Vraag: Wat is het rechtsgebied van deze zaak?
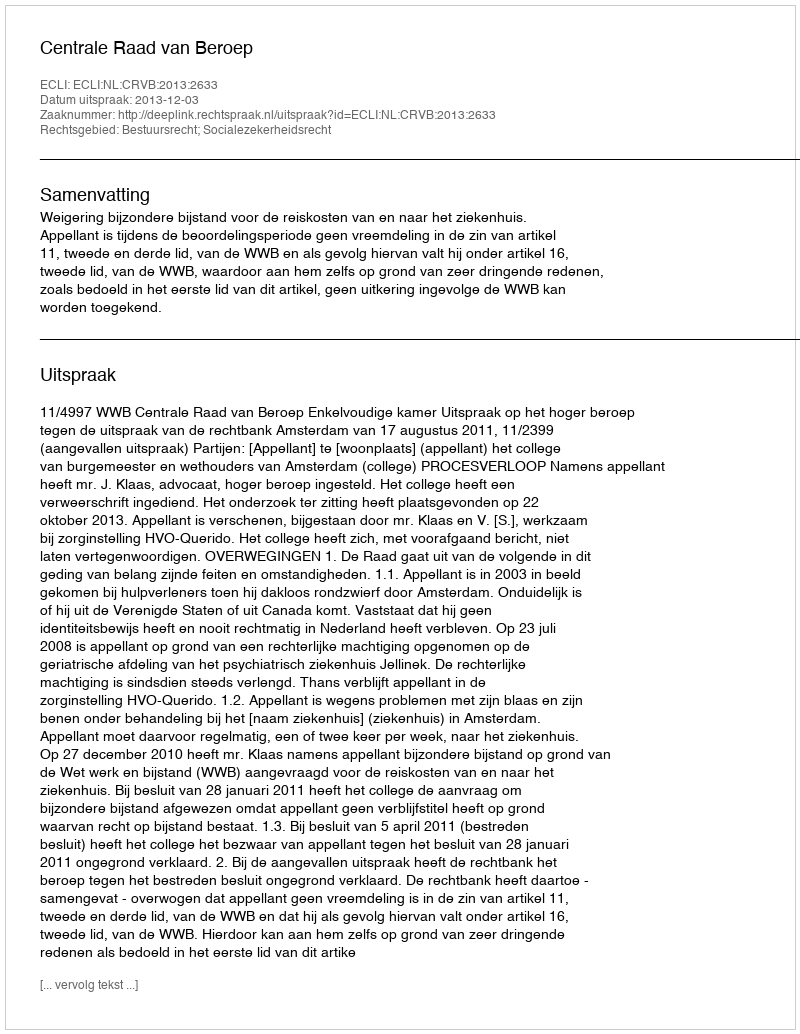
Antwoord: Bestuursrecht; Socialezekerheidsrecht